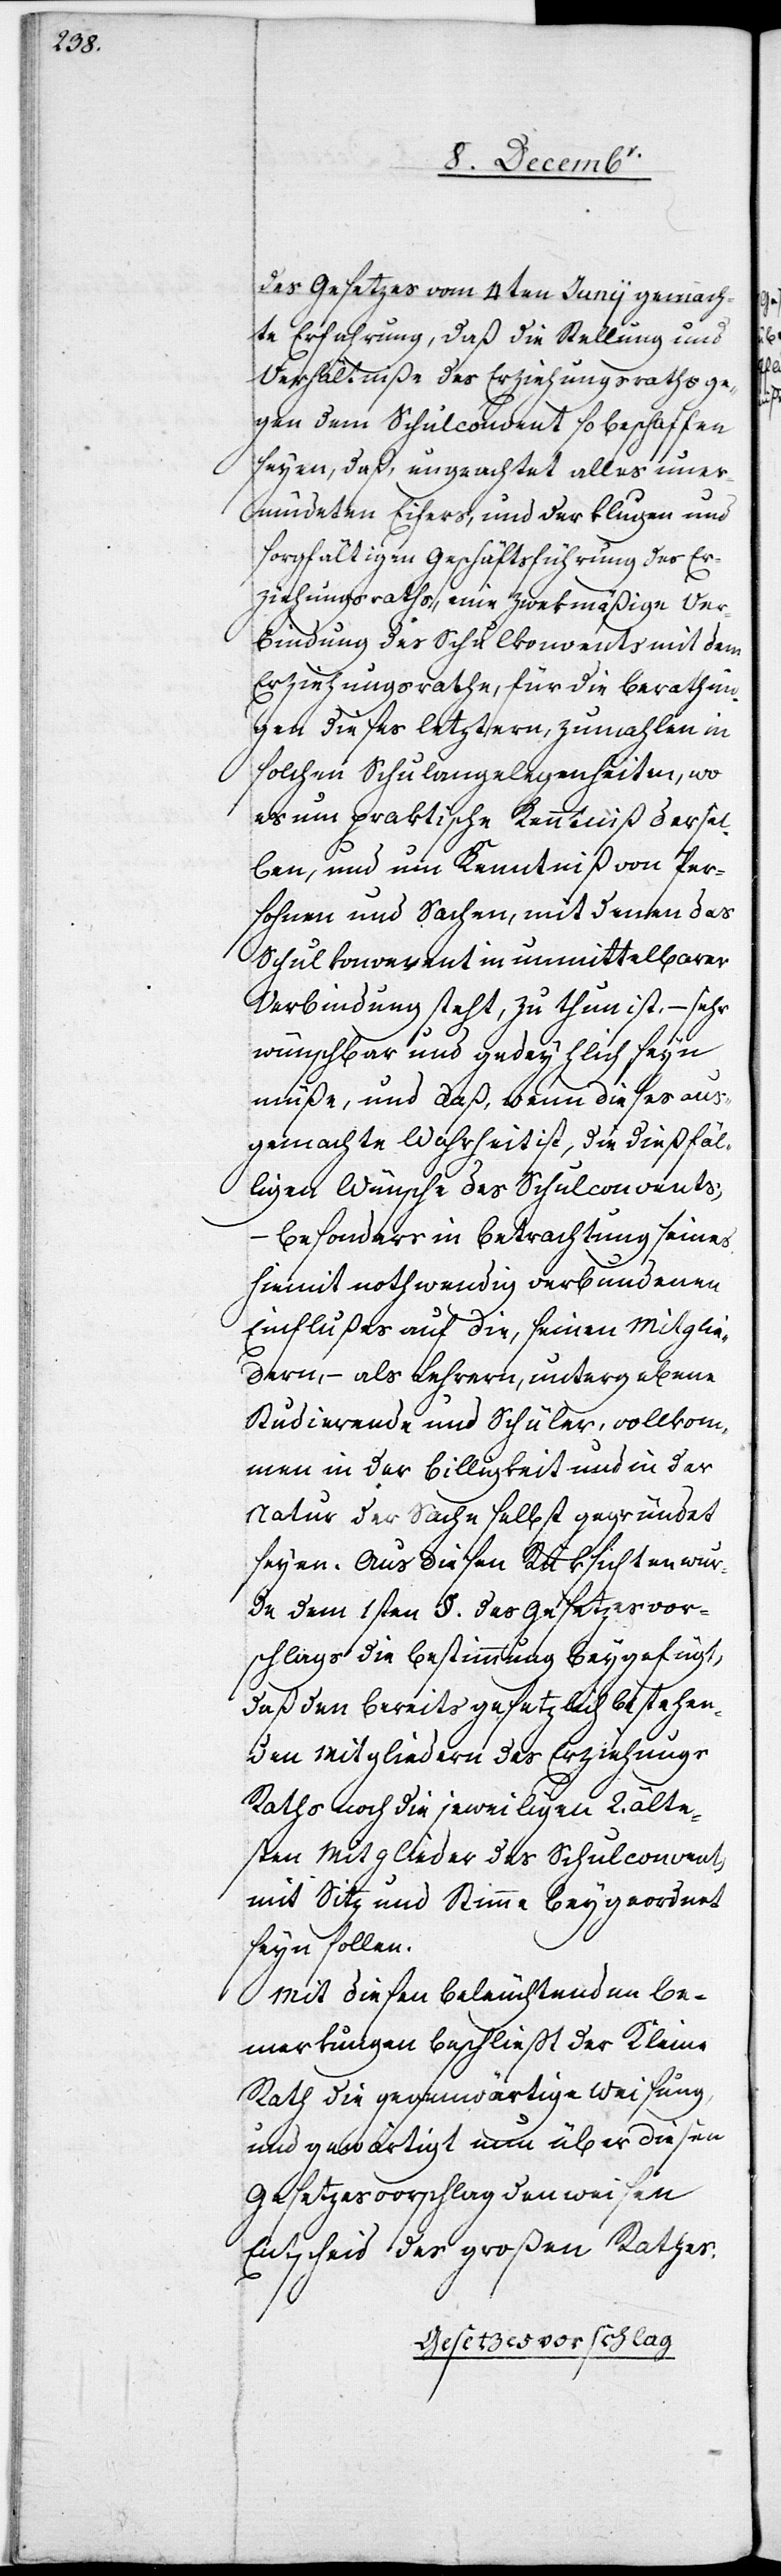
des Gesetzes vom 4ten Junii gemach¬
te Erfahrung, daß die Stellung und
Verhältniße des Erziehungsraths ge¬
gen den Schulconvent so beschaffen
seyen, daß, ungeachtet alles uner¬
müdeten Eifers, und der klugen und
sorgfältigen Geschäftsführung des Er¬
ziehungsraths, eine zwekmäßige Ver¬
bindung des Schulkonvents mit dem
Erziehungsrathe, für die Berathun¬
gen dieses letztern, zumahlen in
solchen Schulangelegenheiten, wo
es um praktische Kenntniß dersel¬
ben, und um Kenntniß von Per¬
sonen und Sachen, mit denen das
Schulkonvevent [sic!] in unmittelbarer
Verbindung steht, zu thun ist, – sehr
wünschbar und gedeyhlich seyn
müße, und daß, wenn dieses aus¬
gemachte Wahrheit ist, die dießfäl¬
ligen Wünsche des Schulconvents,
besonders in Betrachtung seines
hiemit nothwendig verbundenen
Einflußes auf die, seinen Mitglie¬
dern, – als Lehrern, untergebende
Studierende und Schüler, vollkom¬
men in der Billigkeit und in der
Natur der Sache selbst gegründet
seyen. Aus diesen Rüksichten wur¬
de dem 1sten §. des Gesetzesvor¬
schlags die Bestimmung beygefügt,
daß den bereits gesetzlich bestehen¬
den Mitgliedern des Erziehungs[-]R¬
aths noch die jeweiligen 2. älte¬
sten Mitglieder des Schulconvents
mit Sitz und Stimme beygeordnet
seyn sollen.
Mit diesen beleuchtenden Be¬
merkungen beschließt der Kleine
Rath die gegenwärtige Weisung
und gewärtigt nun über diesen
Gesetzesvorschlag den weisen
Entscheid des Großen Rathes.